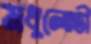
মধুলোভী